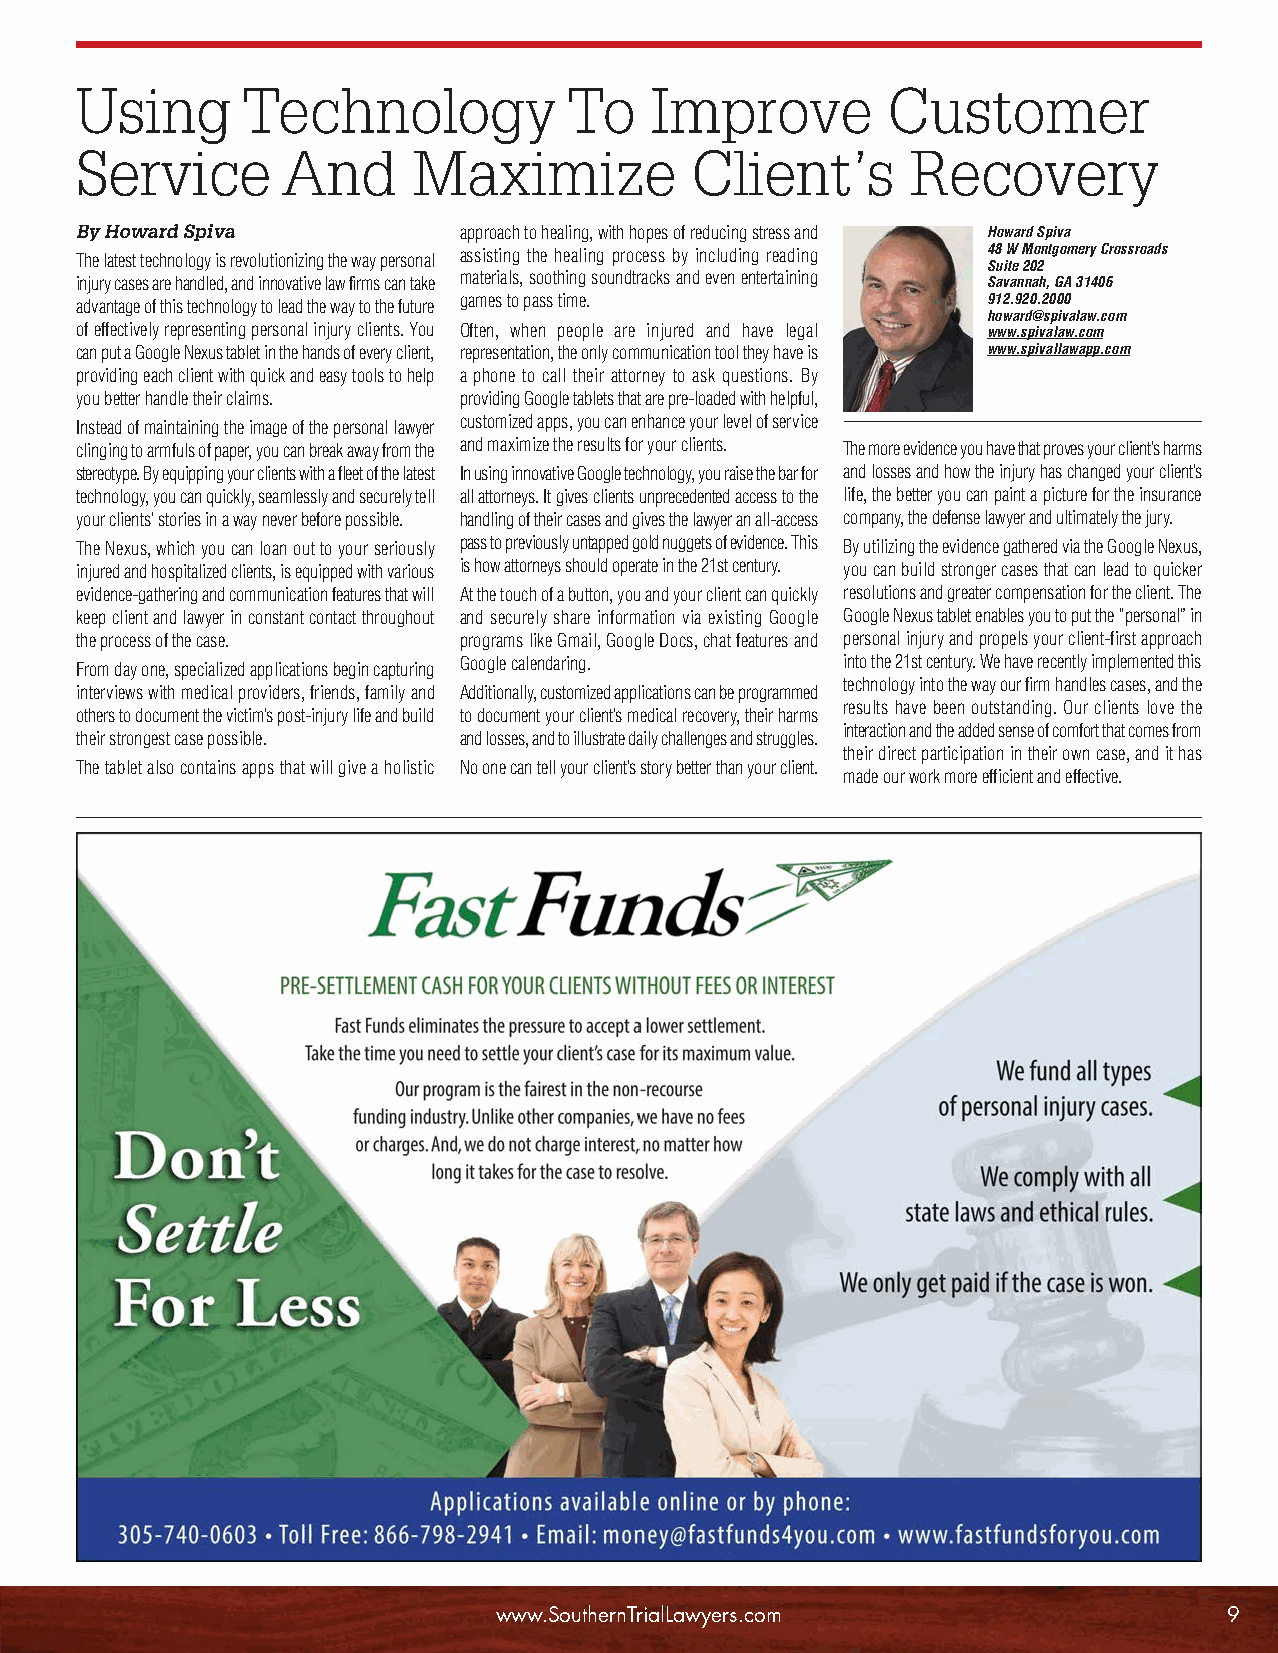
STLA Newsletter 08 (5.2):Layout 1 5/3/13 1:07 PM Page 9
 Using      Technology            To   Improve         Customer
 Service       And     Maximize           Client’s      Recovery
 By Howard Spiva          approach to healing, with hopes of reducing stress and Howard Spiva
 The latest technology is revolutionizing the way personal assisting the healing process by including reading 48 W Montgomery Crossroads
 Suite 202
 injury cases are handled, and innovative law firms can take materials, soothing soundtracks and even entertaining Savannah, GA 31406
 advantage of this technology to lead the way to the future games to pass time. 912.920.2000
 howard@spivalaw.com
 of effectively representing personal injury clients. You Often, when people are injured and have legal www.spivalaw.com
 can put a Google Nexus tablet in the hands of every client, representation, the only communication tool they have is www.spivallawapp.com
 providing each client with quick and easy tools to help a phone to call their attorney to ask questions. By
 you better handle their claims. providing Google tablets that are pre-loaded with helpful,
 Instead of maintaining the image of the personal lawyer customized apps, you can enhance your level of service
 clinging to armfuls of paper, you can break away from the and maximize the results for your clients. The more evidence you have that proves your client’s harms
 stereotype. By equipping your clients with a fleet of the latest In using innovative Google technology, you raise the bar for and losses and how the injury has changed your client’s
 technology, you can quickly, seamlessly and securely tell all attorneys. It gives clients unprecedented access to the life, the better you can paint a picture for the insurance
 your clients’ stories in a way never before possible. handling of their cases and gives the lawyer an all-access company, the defense lawyer and ultimately the jury.
 The Nexus, which you can loan out to your seriously pass to previously untapped gold nuggets of evidence. This By utilizing the evidence gathered via the Google Nexus,
 injured and hospitalized clients, is equipped with various is how attorneys should operate in the 21st century. you can build stronger cases that can lead to quicker
 evidence-gathering and communication features that will At the touch of a button, you and your client can quickly resolutions and greater compensation for the client. The
 keep client and lawyer in constant contact throughout and securely share information via existing Google Google Nexus tablet enables you to put the “personal” in
 the process of the case. programs like Gmail, Google Docs, chat features and personal injury and propels your client-first approach
 From day one, specialized applications begin capturing Google calendaring. into the 21st century. We have recently implemented this
 technology into the way our firm handles cases, and the
 interviews with medical providers, friends, family and Additionally, customized applications can be programmed
 results have been outstanding. Our clients love the
 others to document the victim’s post-injury life and build to document your client’s medical recovery, their harms
 interaction and the added sense of comfort that comes from
 their strongest case possible. and losses, and to illustrate daily challenges and struggles.
 their direct participation in their own case, and it has
 The tablet also contains apps that will give a holistic No one can tell your client’s story better than your client.
 made our work more efficient and effective.
 www.SouthernTrialLawyers.com                    9